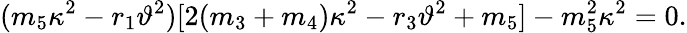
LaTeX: (m_{5}\kappa^{2}-r_{1}\vartheta^{2})[2(m_{3}+m_{4})\kappa^{2}-r_{3}\vartheta^{2}+m_{5}]-m_{5}^{2}\kappa^{2}=0.